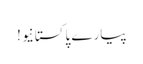
پیارے پاکستانیو !